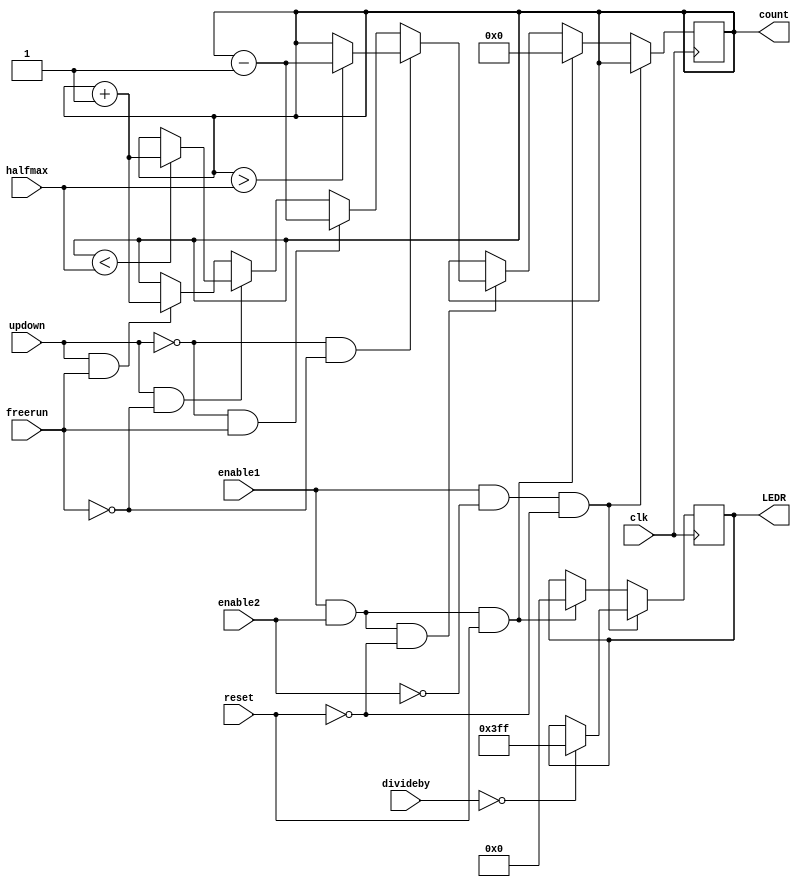

// Bradley Manzo
// 916953788
// May 19th, 2022
// Prof Hussain Al-Asaad

module Counter2(reset, enable1, enable2, updown, freerun, clk, divideby, halfmax, count, LEDR);

input reset, enable1, enable2, updown, freerun, clk;

input [5:0] divideby;

input [23:0] halfmax;

output reg[23:0] count;

output reg[9:0] LEDR;

//=======================================================
//  Structural coding
//=======================================================


// Ignore if enable1 is low = no operation
always @(posedge clk) begin
	// If enable1 is high but enable2 is low, 
	if((enable1 == 1) && (enable2 == 0) && (reset == 0))begin 
			// Check if switches are zero, if yes, light up LEDs
			if(divideby == 6'b00_0000) begin
					LEDR[9:0] = 10'b11_1111_1111;	
			end
	end
	// If enable1 and enable2 are high, and reset is high, set count to zero
	else if((enable1 == 1) && (enable2 == 1) && (reset == 1)) begin
		count = 24'd0;
		LEDR[9:0] = 10'b00_0000_0000;
	end
	// All other cases for when enable1 and enable2 are high and reset is low
	else if((enable1 == 1) && (enable2 == 1) && (reset == 0)) begin
		// If Down and Run, decrement down to half of max
		if((updown == 0) && (freerun == 0)) begin	
			if(count > halfmax) begin
				count = count - 1;
			end
		end
		// If Down and Free, decrement forever
		else if ((updown == 0) && (freerun == 1)) begin
			count = count - 1;
		end
		// If Up and Run, increment to half of max
		else if ((updown == 1) && (freerun == 0)) begin
				if(count < halfmax) begin
				count = count + 1;
				end
		end
		// If Up and Free, increment forever
		else if ((updown == 1) && (freerun == 1)) begin
			count = count + 1;
		end
	end
end


endmodule